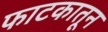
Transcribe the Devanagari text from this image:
फाटकातून